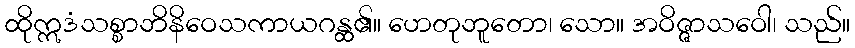
ထိုဣဒံသစ္စာဘိနိဝေသကာယဂန္ထ၏။ ဟေတုဘူတော၊ သော။ အဝိဇ္ဇာသဝေါ၊ သည်။